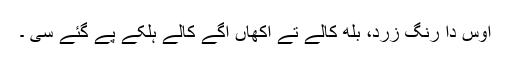
اوس دا رنگ زرد، بلھ کالے تے اکھاں اگے کالے ہلکے پے گئے سی ۔